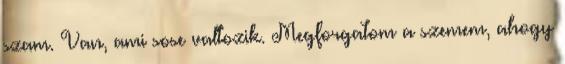
szam. Van, ami sose valtozik. Megforgatom a szemem, ahogy